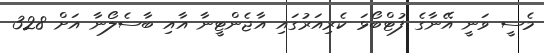
މެސީ ވަނީ އޭނާގެ ފުޓްބޯޅަ ކެރިއަރުގައި އާޖެންޓީނާ އާއި ބާސެލޯނާ އަށް 328